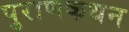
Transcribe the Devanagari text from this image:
पुराणकथन